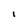
Character: 1